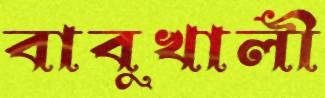
বাবুখালী